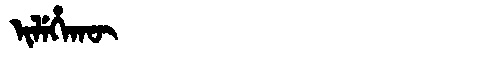
Manchu: ᡳᠯᡝᡥᠠᡴᡡ
Romanization: ILEHAKŪ